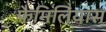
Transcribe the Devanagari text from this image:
फैमिलियास